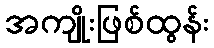
အကျိုးဖြစ်ထွန်း